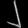
Digit: ၂